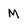
Character: M